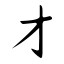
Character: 才